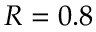
R = 0 . 8